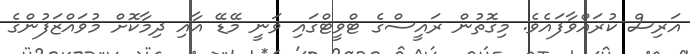
އަރިސް ކުރައްވާފައެވެ. މިގޮތުން ރައީސްގެ ޓްވީޓްގައި ވަނީ މޭޑޭ އާއި ދިމާކޮށް މުވައްޒަފުންގެ